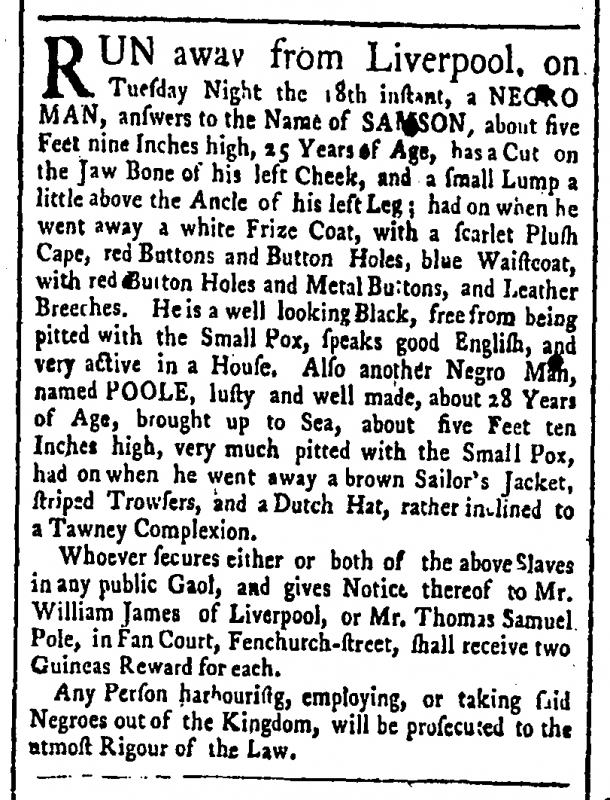
Public Advertiser, 29 September 1764 (England)
RUN away from Liverpool, on Tuesday Night, the 18th instant, a NEGRO MAN, answers to the Name of SAMSON, about five Feet nine Inches high, 25 Years of Age, has a Cut on the Jaw Bone of his Left Cheek, and a small Lump a little about the Ancle of his left Leg; had on when he went away, a white Frize Coat, with a Scarlet Plush Cape, red Buttons and Button-holes, blue Waistcoat with red Button Holes and Metal Buttons and Button Holes, blue Waistcoat, with red Button Holes and Metal Buttons, and Leather Breeches. He is a well looking Black, free from being pitted with the Small Pox, speaks good English, and is very active in a House. Also, another Negro Man, named POOLE, lusty and well made, about 28 Years of Age, brought up to Sea, about five Feet ten Inches high, very much pitted with the Small Pox, had on when he went away, a brown Sailor’s Jacket, striped Trowsers, and a Dutch Hat, rather inclined to a Tawney complexion.   Whoever secures either or both of the above Slaves in any public Gaol, and gives Notice thereof to Mr. William James of Liverpool, or to Mr. Thomas Samuel Pole, in Fan Court, Fenchurch-street, shall receive two Guineas Reward for each.  Any persons harbouring, employing, or taking said Negroes out of the Kingdom, will be prosecuted to the utmost Rigour of the Law.